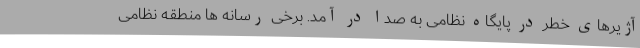
آژیرهای خطر در پایگاه نظامی به صدا در آمد. برخی رسانه ها منطقه نظامی